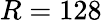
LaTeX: R=128